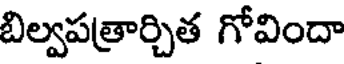
బిల్వపత్రార్చిత గోవిందా